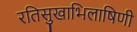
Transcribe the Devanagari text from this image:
रतिसुखाभिलाषिणी